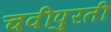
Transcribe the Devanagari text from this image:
चवीपुरती